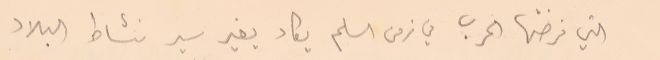
التي فرضتها الحرب في زمن السلم يكاد يغير سير نشاط البلاد